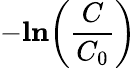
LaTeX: -\mathbf{ln}{\left(\frac{C}{C_{0}}\right)}